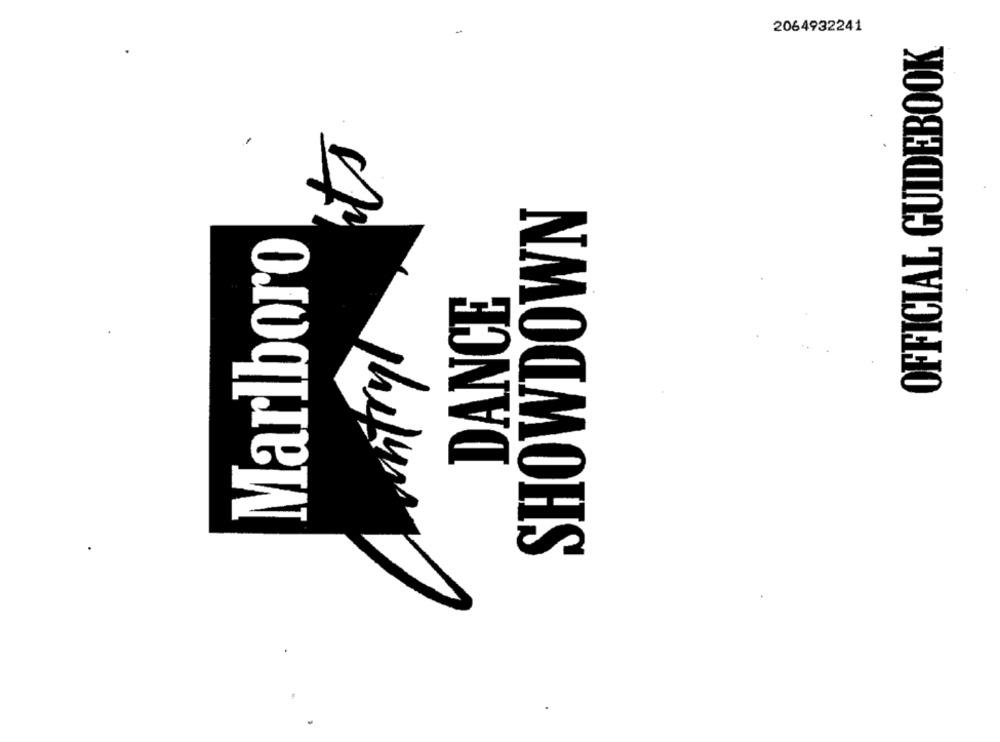
2064932241
OFFICIAL GUIDEBOOK
SHOWDOWN
Marlboro
DANCE